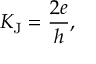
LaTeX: K _ { \mathrm { J } } = { \frac { 2 e } { h } } ,